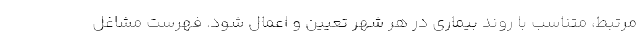
مرتبط، متناسب با روند بیماری در هر شهر تعیین و اعمال ‌شود. فهرست مشاغل